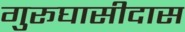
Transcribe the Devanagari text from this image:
गुरूघासीदास